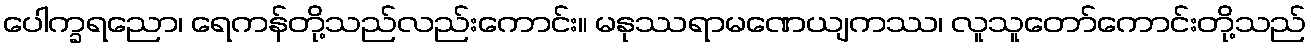
ပေါက္ခရညော၊ ရေကန်တို့သည်လည်းကောင်း။ မနုဿရာမဏေယျကဿ၊ လူသူတော်ကောင်းတို့သည်